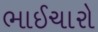
ભાઈચારો